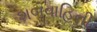
શબવાહિની